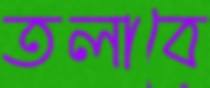
তলাবে